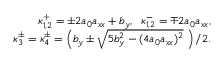
\begin{array} { r l r } & { } & { \kappa _ { 1 , 2 } ^ { + } = \pm 2 a _ { 0 } a _ { x x } + b _ { y } , \; \; \kappa _ { 1 , 2 } ^ { - } = \mp 2 a _ { 0 } a _ { x x } , } \\ & { } & { \kappa _ { 3 } ^ { \pm } = \kappa _ { 4 } ^ { \pm } = \left( b _ { y } \pm \sqrt { 5 b _ { y } ^ { 2 } - ( 4 a _ { 0 } a _ { x x } ) ^ { 2 } } \; \right) / 2 . } \end{array}